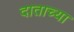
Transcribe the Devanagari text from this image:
दाताच्या